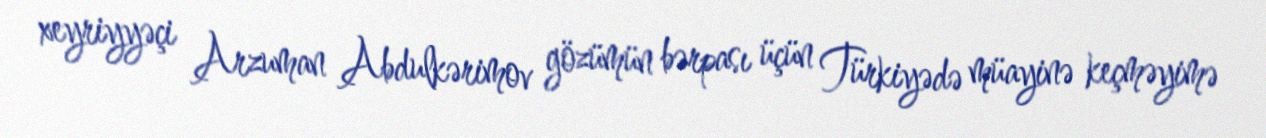
xeyriyyəçi Arzuman Abdulkərimov gözümün bərpası üçün Türkiyədə müayinə keçməyimə